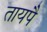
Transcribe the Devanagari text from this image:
तायपै